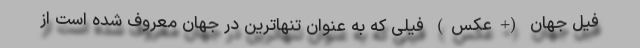
فیل جهان (+عکس) فیلی که به عنوان تنهاترین در جهان معروف شده است از